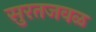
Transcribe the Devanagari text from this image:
सुरतजवळ